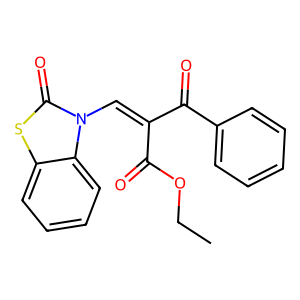
SMILES: CCOC(=O)C(=Cn1c(=O)sc2ccccc21)C(=O)c1ccccc1
Inhibits HIV replication: No